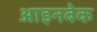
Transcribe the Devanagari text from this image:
आइनबेक